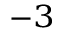
^ { - 3 }